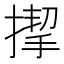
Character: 𢲞